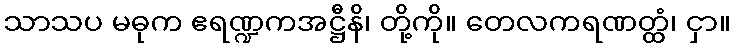
သာသပ မဓုက ဧရဏ္ဍကအဋ္ဌီနိ၊ တို့ကို။ တေလကရဏတ္ထံ၊ ငှာ။